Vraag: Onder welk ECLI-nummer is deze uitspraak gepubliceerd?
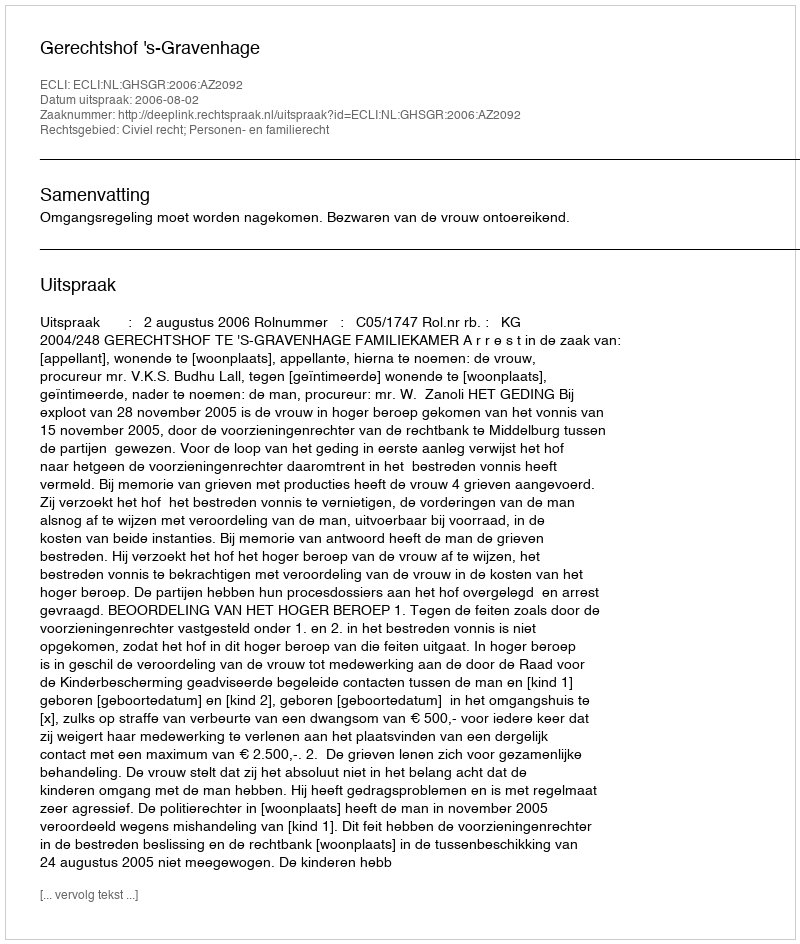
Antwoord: ECLI:NL:GHSGR:2006:AZ2092